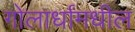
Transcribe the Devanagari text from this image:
गोलार्धांमधील